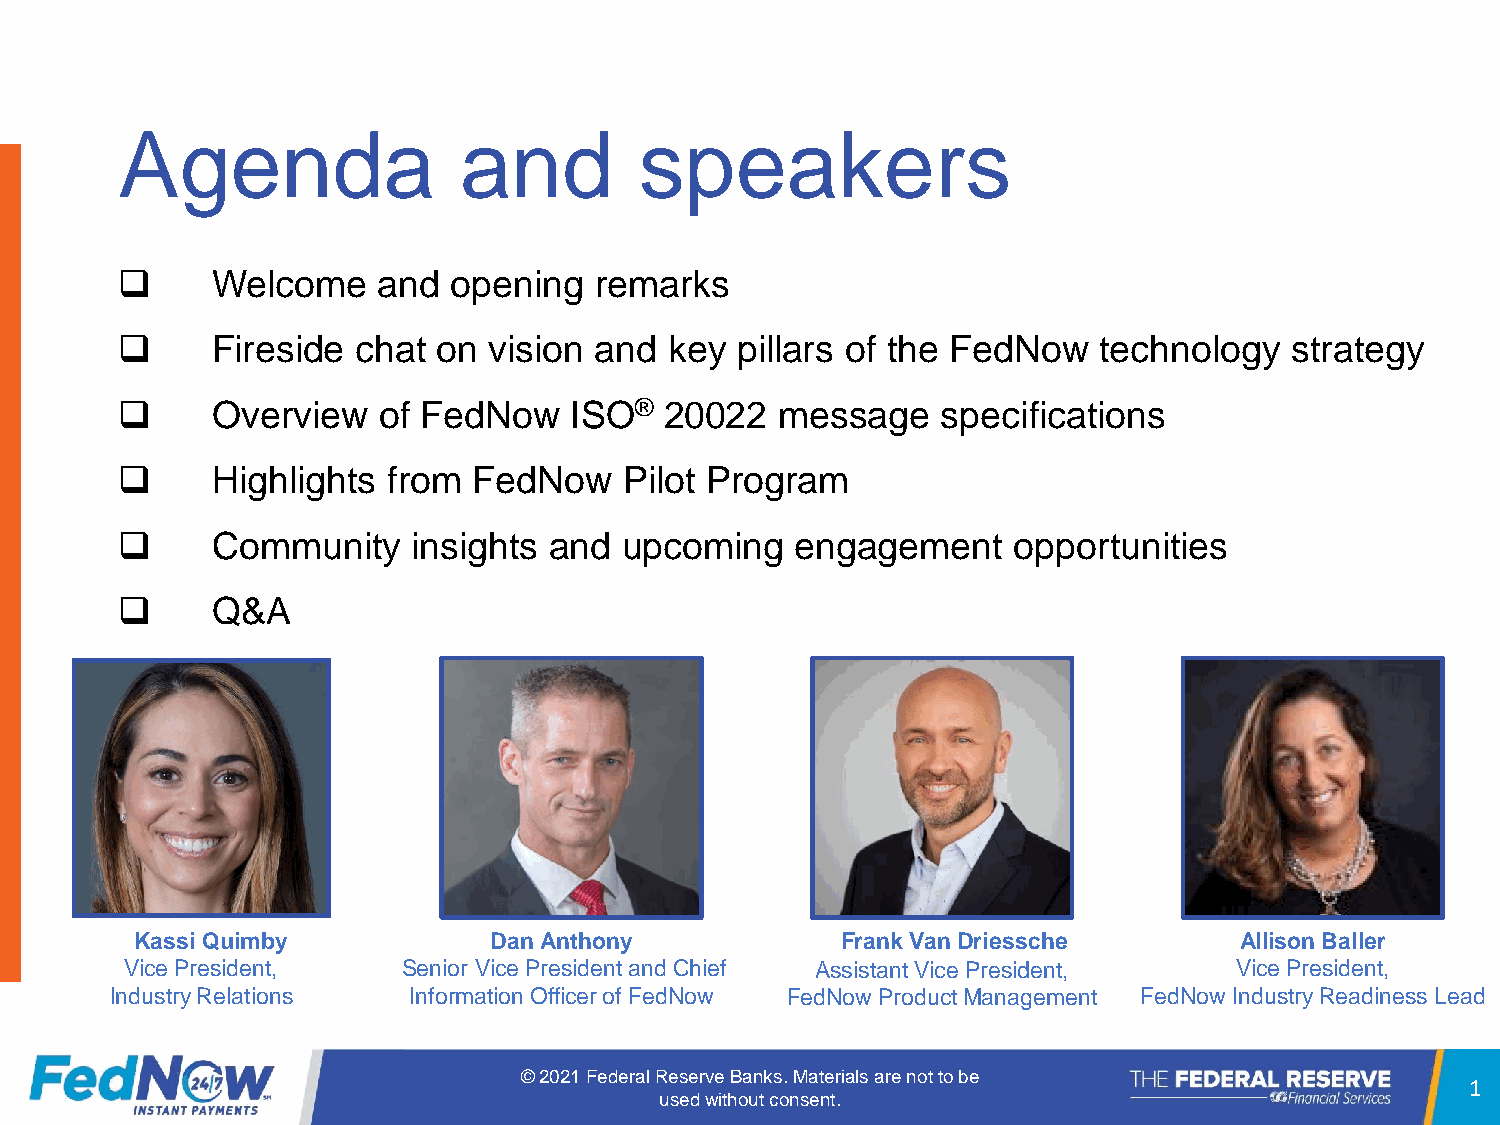
Agenda                and         speakers
 ❑     Welcome    and  opening  remarks
 ❑     Fireside  chat on vision and  key  pillars of the FedNow   technology  strategy
 ❑     Overview   of FedNow    ISO®  20022   message   specifications
 ❑     Highlights  from FedNow    Pilot Program
 ❑     Community    insights and  upcoming    engagement    opportunities
 ❑     Q&A
 Kassi Quimby           Dan Anthony             Frank Van Driessche       Allison Baller
 Vice President,    Senior Vice President and Chief Assistant Vice President, Vice President,
 Industry Relations  Information Officer of FedNow FedNow Product Management FedNow Industry Readiness Lead
 © 2021 Federal Reserve Banks. Materials are not to be
 1
 used without consent.